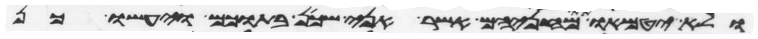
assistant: ולא יטמאו את מחניהם אשר אני שכן בתוכם ויעשו כן